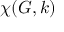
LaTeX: \chi ( G , k )